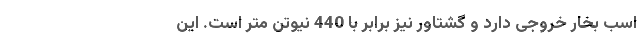
اسب بخار خروجی دارد و گشتاور نیز برابر با 440 نیوتن متر است. این